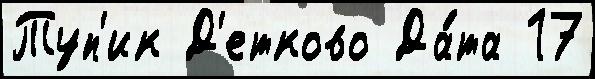
Туп'ик Д'етково Да́та 17